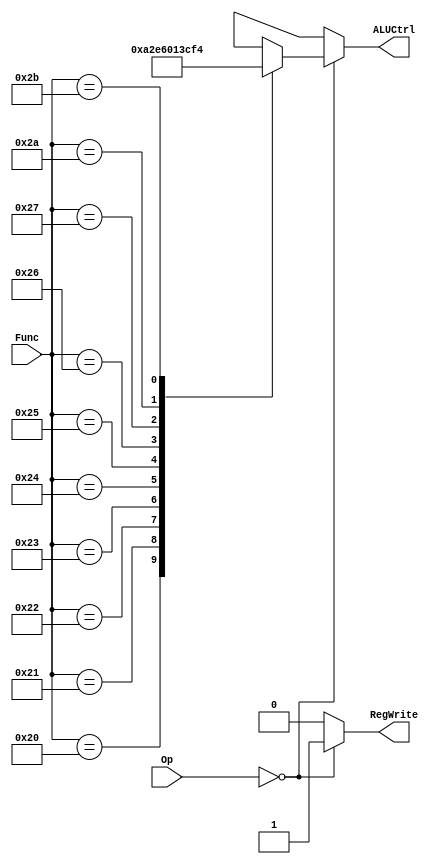
`timescale 1ns / 1ps
//////////////////////////////////////////////////////////////////////////////////
// Company: 
// Engineer: 
// 
// Design Name: 
// Module Name: control
// Project Name: 
// Target Devices: 
// Tool Versions: 
// Description: 
// 
// Dependencies: 
// 
// Revision:
// Revision 0.01 - File Created
// Additional Comments:
// 
//////////////////////////////////////////////////////////////////////////////////


module control(
    input [5:0] Op,
    input [5:0] Func,
    output reg RegWrite,
    output reg [3:0] ALUCtrl
    );
    
    always@(*) begin
       if (Op == 6'b0) begin
            RegWrite = 1'b1;
            case(Func)
                6'h20: ALUCtrl = 4'b1010; //Add signed
                6'h21: ALUCtrl = 4'b0010; //Add unsigned
                6'h22: ALUCtrl = 4'b1110; //Subtract signed
                6'h23: ALUCtrl = 4'b0110; //Subtract unsigned
                6'h24: ALUCtrl = 4'b0000; //AND
                6'h25: ALUCtrl = 4'b0001; //OR
                6'h26: ALUCtrl = 4'b0011; //XOR
                6'h27: ALUCtrl = 4'b1100; //NOR
                6'h2a: ALUCtrl = 4'b1111; //Set less than signed
                6'h2b: ALUCtrl = 4'b0100; //Set less than unsigned
            default: ALUCtrl = 4'bxxxx; //default to AND
            endcase
       end
       else begin
            RegWrite = 1'b0;
            ALUCtrl = 4'bxxxx;
       end
    end
endmodule